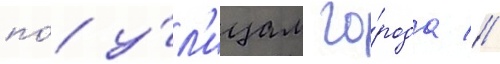
по́ у́л'ицам го́рода //